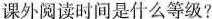
课外阅读时间是什么等级?